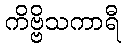
ကိဗ္ဗိသကာရီ